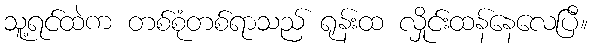
သူ့ရင်ထဲက တစ်စုံတစ်ရာသည် ရုန်းထ လှိုင်းထန်နေလေပြီ။